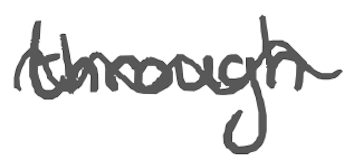
Text: through
Cross-out: wave
Writing tool: digital_gray